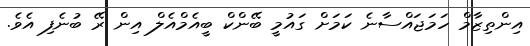
އިންތިޒާމް ހަމަޖައްސާނެ ކަމަށް ގައުމީ ބޭންކް ބީއެމްއެލް އިން ރޭ ބުނެފި އެވެ.